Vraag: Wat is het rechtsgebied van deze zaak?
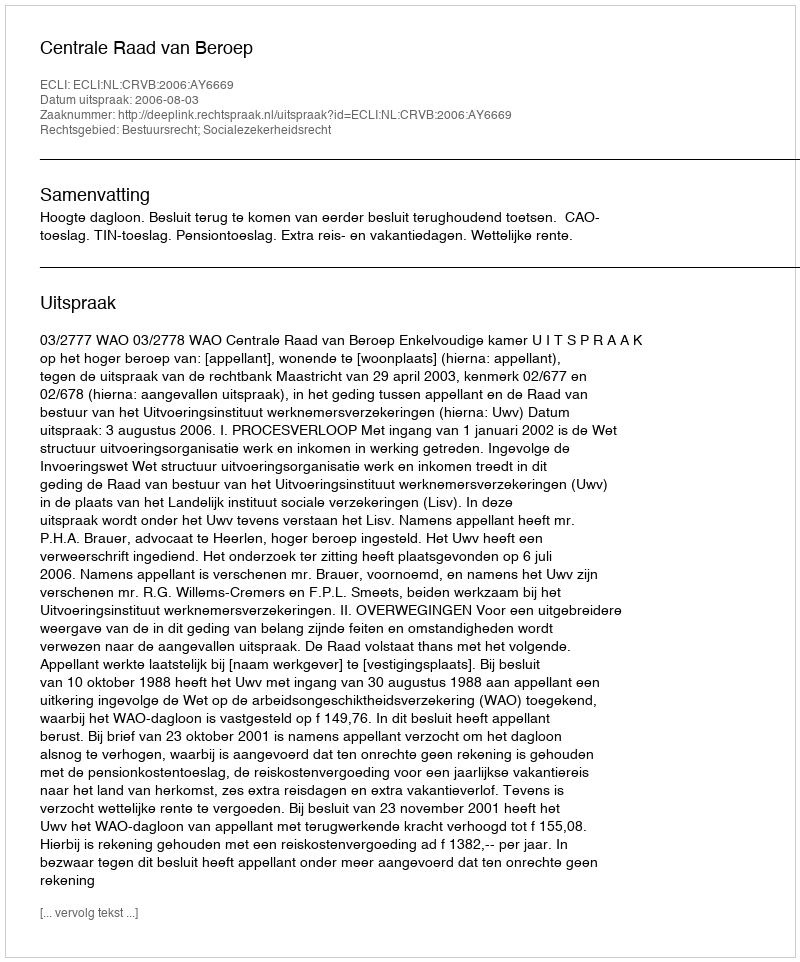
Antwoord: Bestuursrecht; Socialezekerheidsrecht